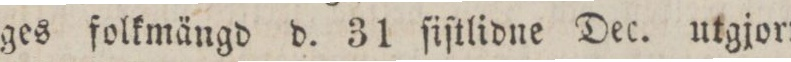
ges folkmängd d. 31 ſiſtlidne Dec. utgjort